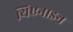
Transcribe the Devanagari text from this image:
थिएनाइन